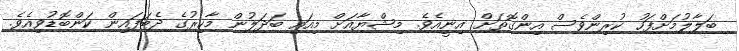
ބަލާލުމަށްފަހު ކުރިންވެސް އިންގޮތަށް އިނީއެވެ. މިޝްޔާއަށް މިއައި ބަދަލުން މާހިރުގެ ދެބަފައިން ކަންބޮޑުވިއެވެ.